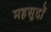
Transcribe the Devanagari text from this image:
महसूदों